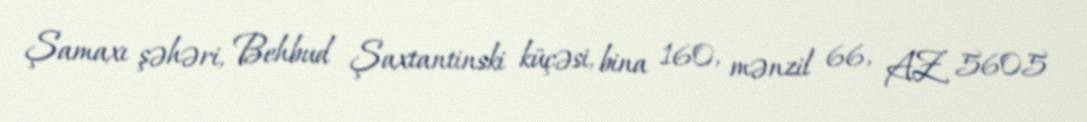
Şamaxı şəhəri, Behbud Şaxtantinski küçəsi, bina 160, mənzil 66, AZ 5605